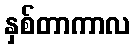
နှစ်တာကာလ